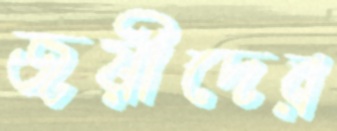
জয়ীদের